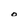
Character: O